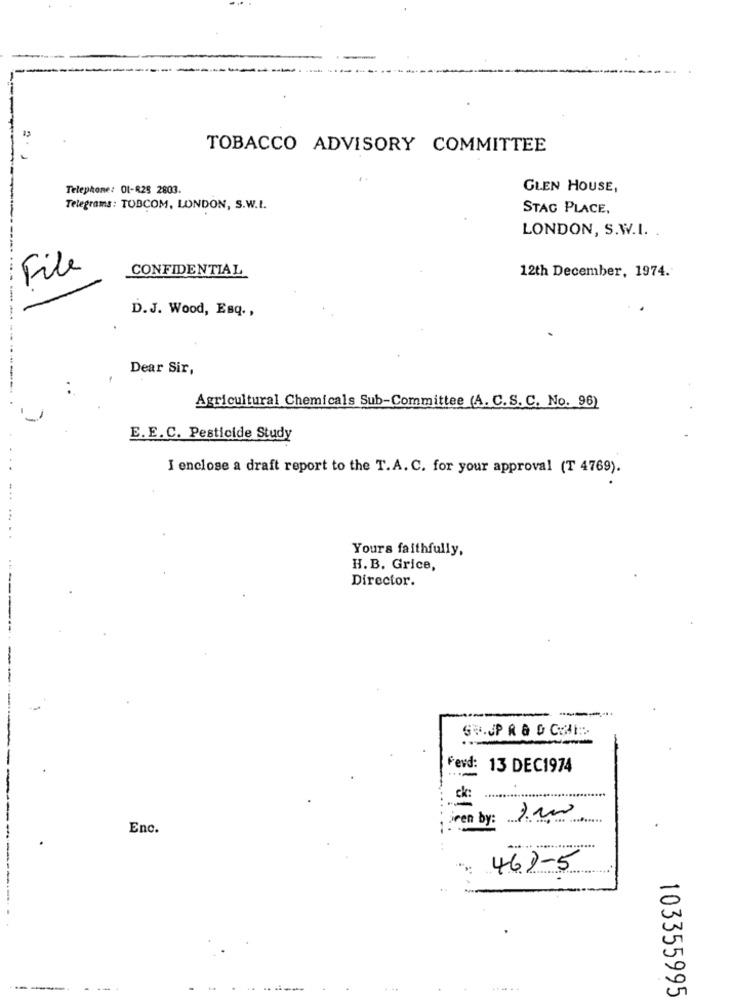
TOBACCO ADVISORY COMMITTEE
Telephone: 01-R28 2803.
GLEN HOUSE,
Telegrams: TOBCOM, LONDON, S.W.I.
STAC PLACE,
LONDON, S.W.I. .
File
CONFIDENTIAL
12th December, 1974.
D.J. Wood, Esq .,
Dear Sir,
Agricultural Chemicals Sub-Committee (A. C.S. C. No. 96)
E.E.C. Pesticide Study
I enclose a draft report to the T.A. C. for your approval (T 4769).
Yours faithfully,
H.B. Grice,
Director.
Ferd: 13 DEC1974
Ck:
iren by: 2.00
Enc.
......
463-5
0
5
103355995